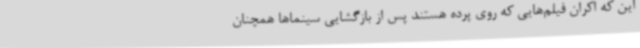
این که اکران فیلم‌هایی که روی پرده هستند پس از بازگشایی سینماها همچنان